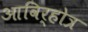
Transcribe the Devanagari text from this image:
आविर्होत्र